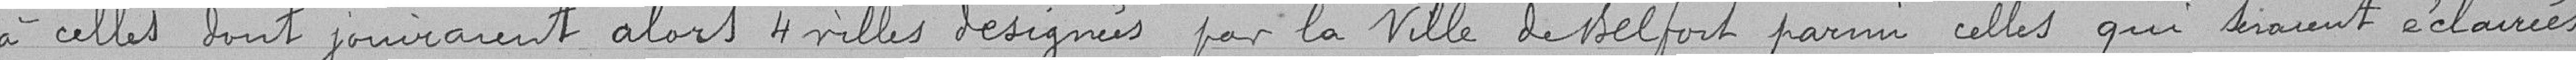
à celles dont jouiraient alors 4 villes désignées par la Ville de Belfort parmi celles qui seraient éclairées